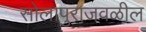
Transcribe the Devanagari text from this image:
सोलापुराजवळील